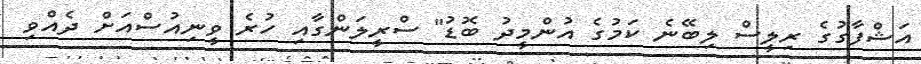
އަޝްފާގުގެ ރިލީސް ލިބޭނެ ކަމުގެ އުންމީދު ބޮޑު" ސްރީލަންގާއި ހުރެ ވީނިއުސްއަށް ދެއްވި